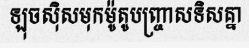
ឡុចស៊ិសមុកម៉ូតូបញ្ច្រាសទិសគ្នា